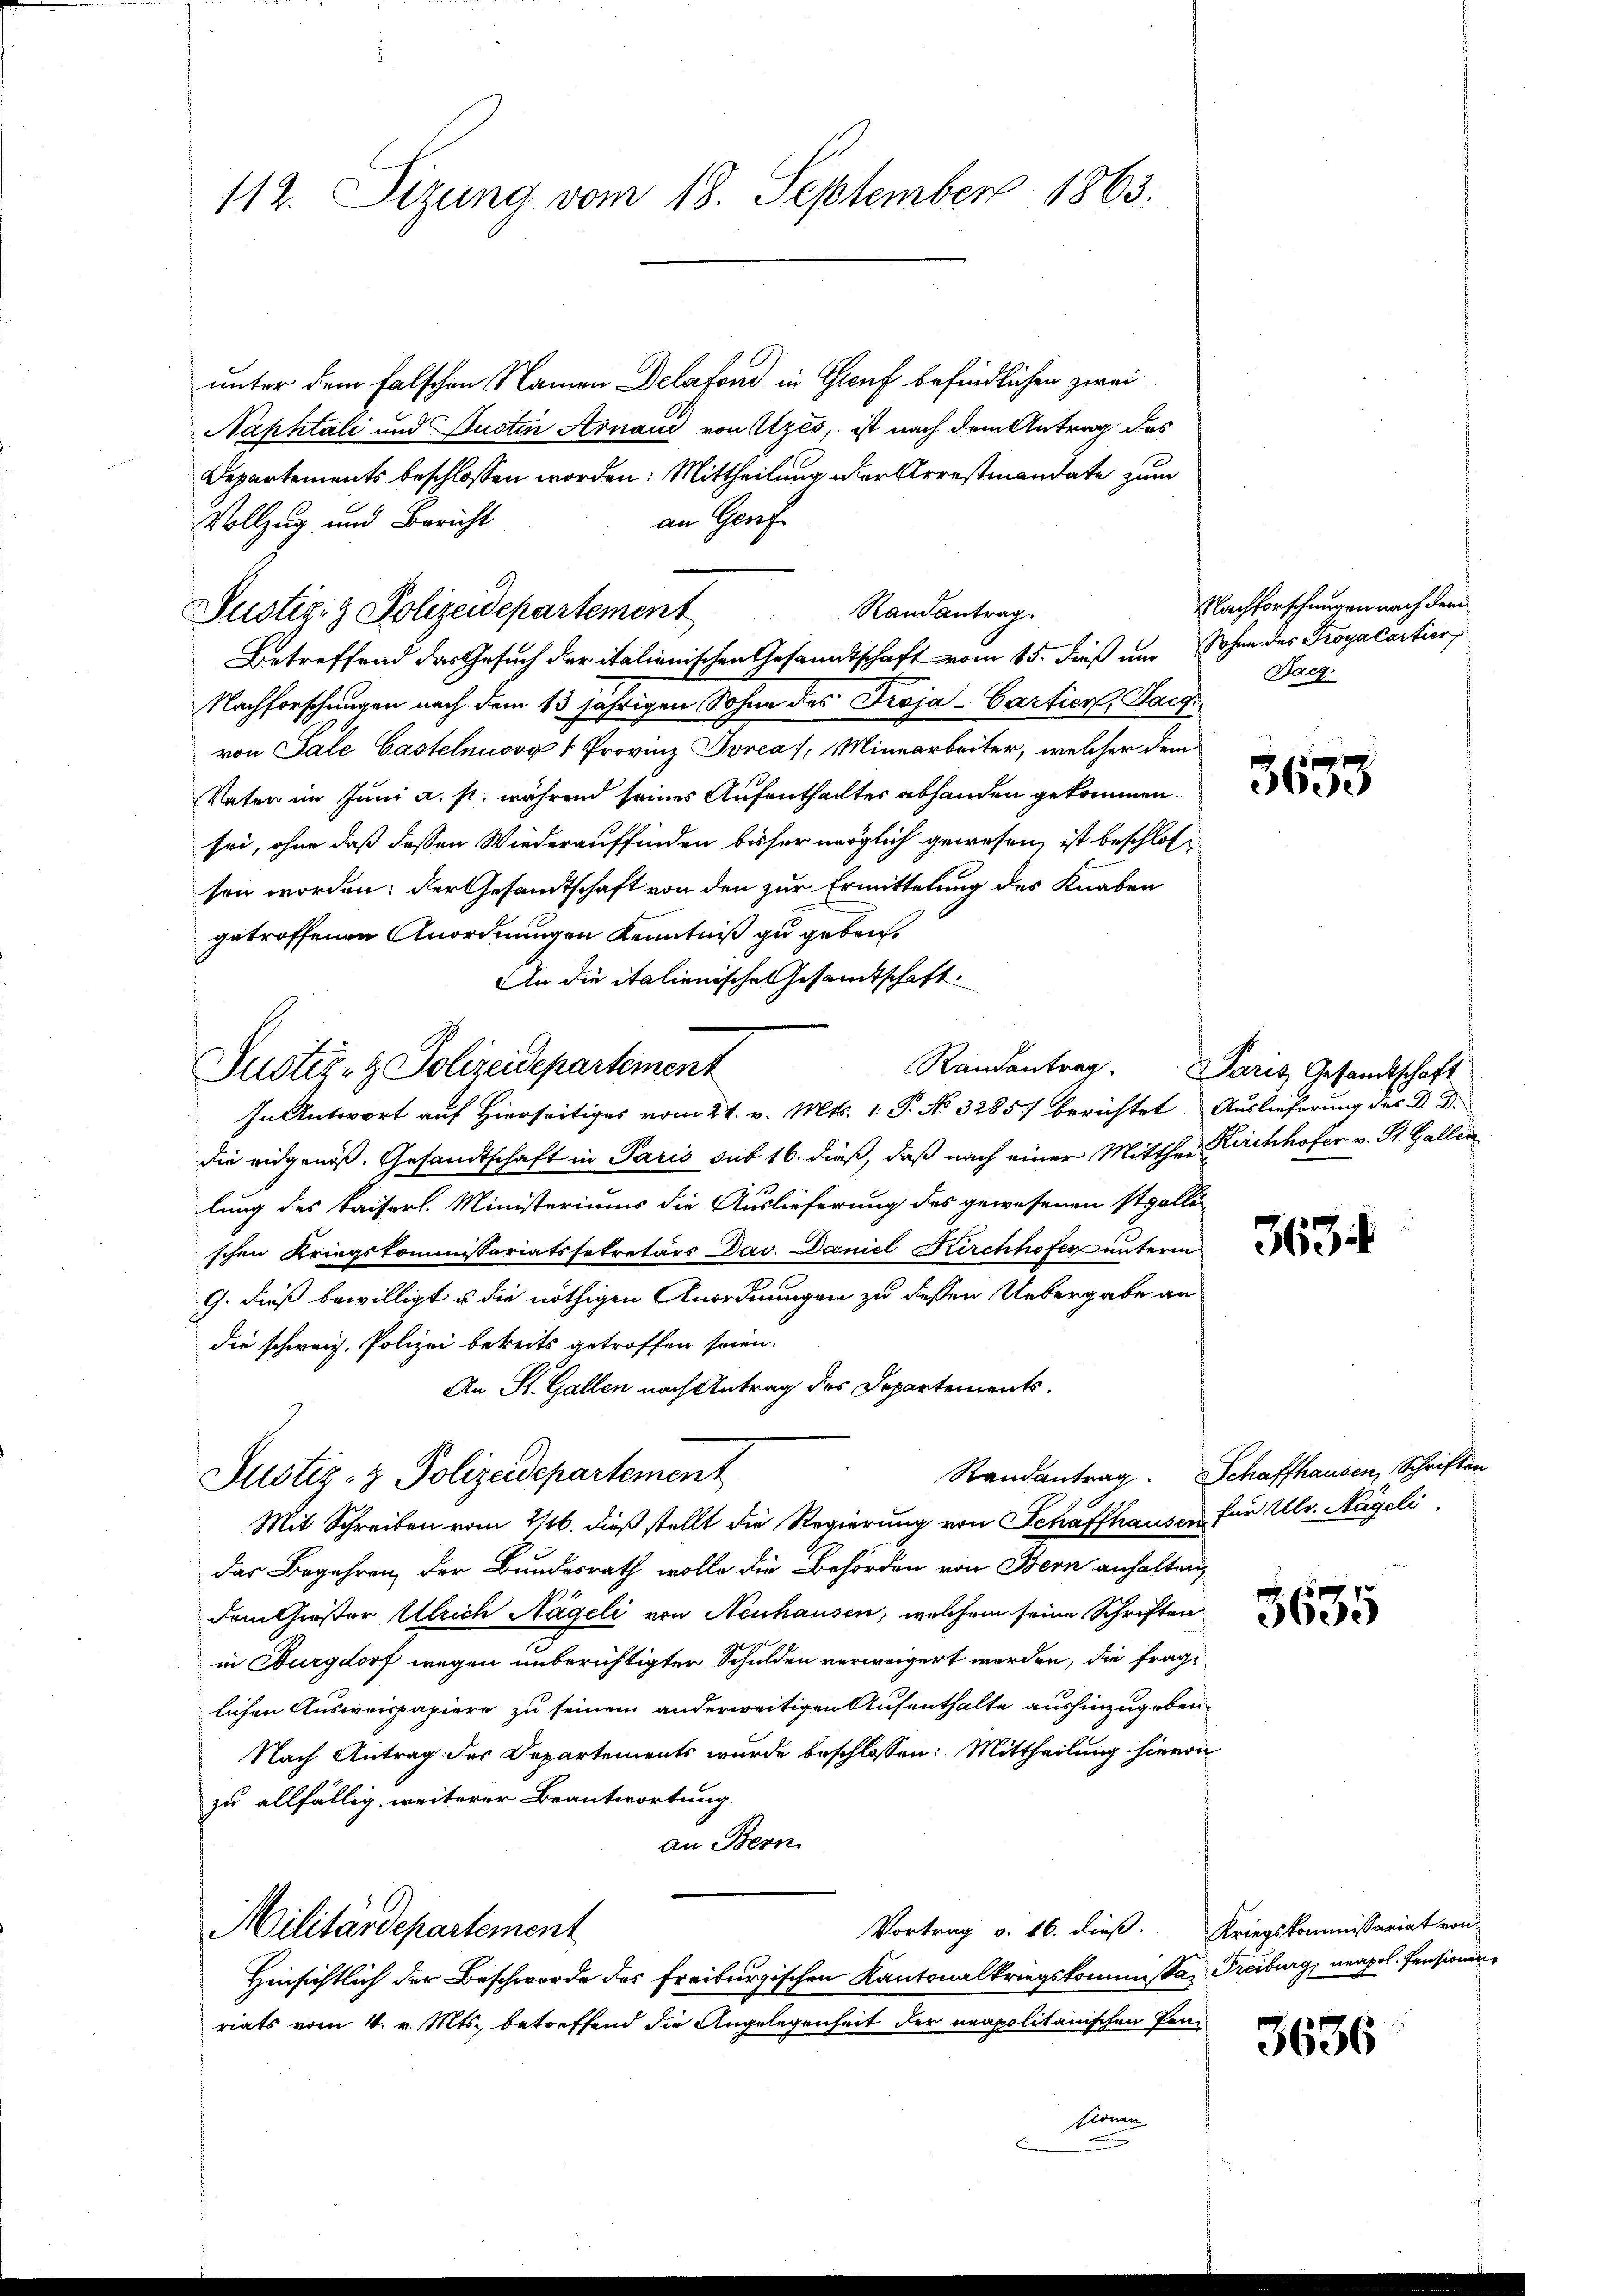
112. Sizung vom 18. September 1863.

unter dem falschen Namen Delafond in Gruf befindlichen zwei
Naphtali und Justin Arnaud von Uzes, ist nach dem Antrag des
Departements beschlossen worden: Mittheilung der Arrestmandate zum
an Genf
Vollzug und Bericht
Justiz- & Polizeidepartement
Betreffend das Gesuch der italienischen Gesandtschaft vom 15. dieß um Sohne des Proyacartier
Nachforschungen nach dem 13 jährigen Sohne des Troja-Cartier, Tagvon Sale Castelnusvg " Provinz Porea/, Minearbeiter, welcher dem
Vater im Juni a. p. während seines Aufenthaltes abhanden gekommen
sei, ohne daß dessen Wiederauffinden bisher möglich gewesen, ist beschlossen worden; der Gesandtschaft von den zur Ermittelung des Knaben
getroffenen Anordnungen Kenntniß zu geben.
An die italienische Gesandtschaft.
In Antwort auf Hierseitiges vom 21. v. Mts. 1. P. No. 3285) berichtet
die eidgenoß. Gesandtschaft in Paris sub 16. dieß, daß nach einer Mitthei Kirchhofer v. St. Gallen
lung des Kaiserl. Ministeriums die Auslieferung des gewesenen stolli-
schen Kriegskommissariatssetretärs Dav. Daniel Kirchhofer unterm
G. dieß bewilligt u die nöthigen Anordnungen zu dessen Uebergabe an
die schweiz. Polizei bereits getroffen seien.
An St. Gallen nach Antrag des Departements.
Randantrag
Justiz- & Polizeidepartement
Mit Schreiben vom 216. dieß stellt die Regierung von Schaffhausern
das Begehren der Bundesrath wolle die Behörden von Bern anhalten,
dem Chieser Ulrich Nägeli von Neuhausen, welchem seine Schriften
in Burgdorf wegen unberichtigter Schulden verweigert werden, die frage
lichen Ausweispapiere zu seinem anderweitigen Aufenthalte aushinzugeben.
Nach Antrag der Departements wurde beschlossen: Mittheilung hieror
zu allfällig, weiterer Beantwortung
an Bern
Vortrag v. 16. dieß.
Militärdepartement
Hinsichtlich der Beschwerde des Freiburgischen Kantonalkriegskommissa, Freiburg, neapol. Pensionen
riats vom 4. v. Mts. betreffend die Angelegenheit der neapolitanischen Pensionen
E

Justiz- & Polizeidepartement

Randantrag.

Randantrag. Paris Gesandtschaft

Nachforschungen nach dem
Dacg.

360

Auslieferung des D D.

363

Schaffhausen, Schriften
für Ulr. Nageli.

3635

Kriegskommissariat von

3636